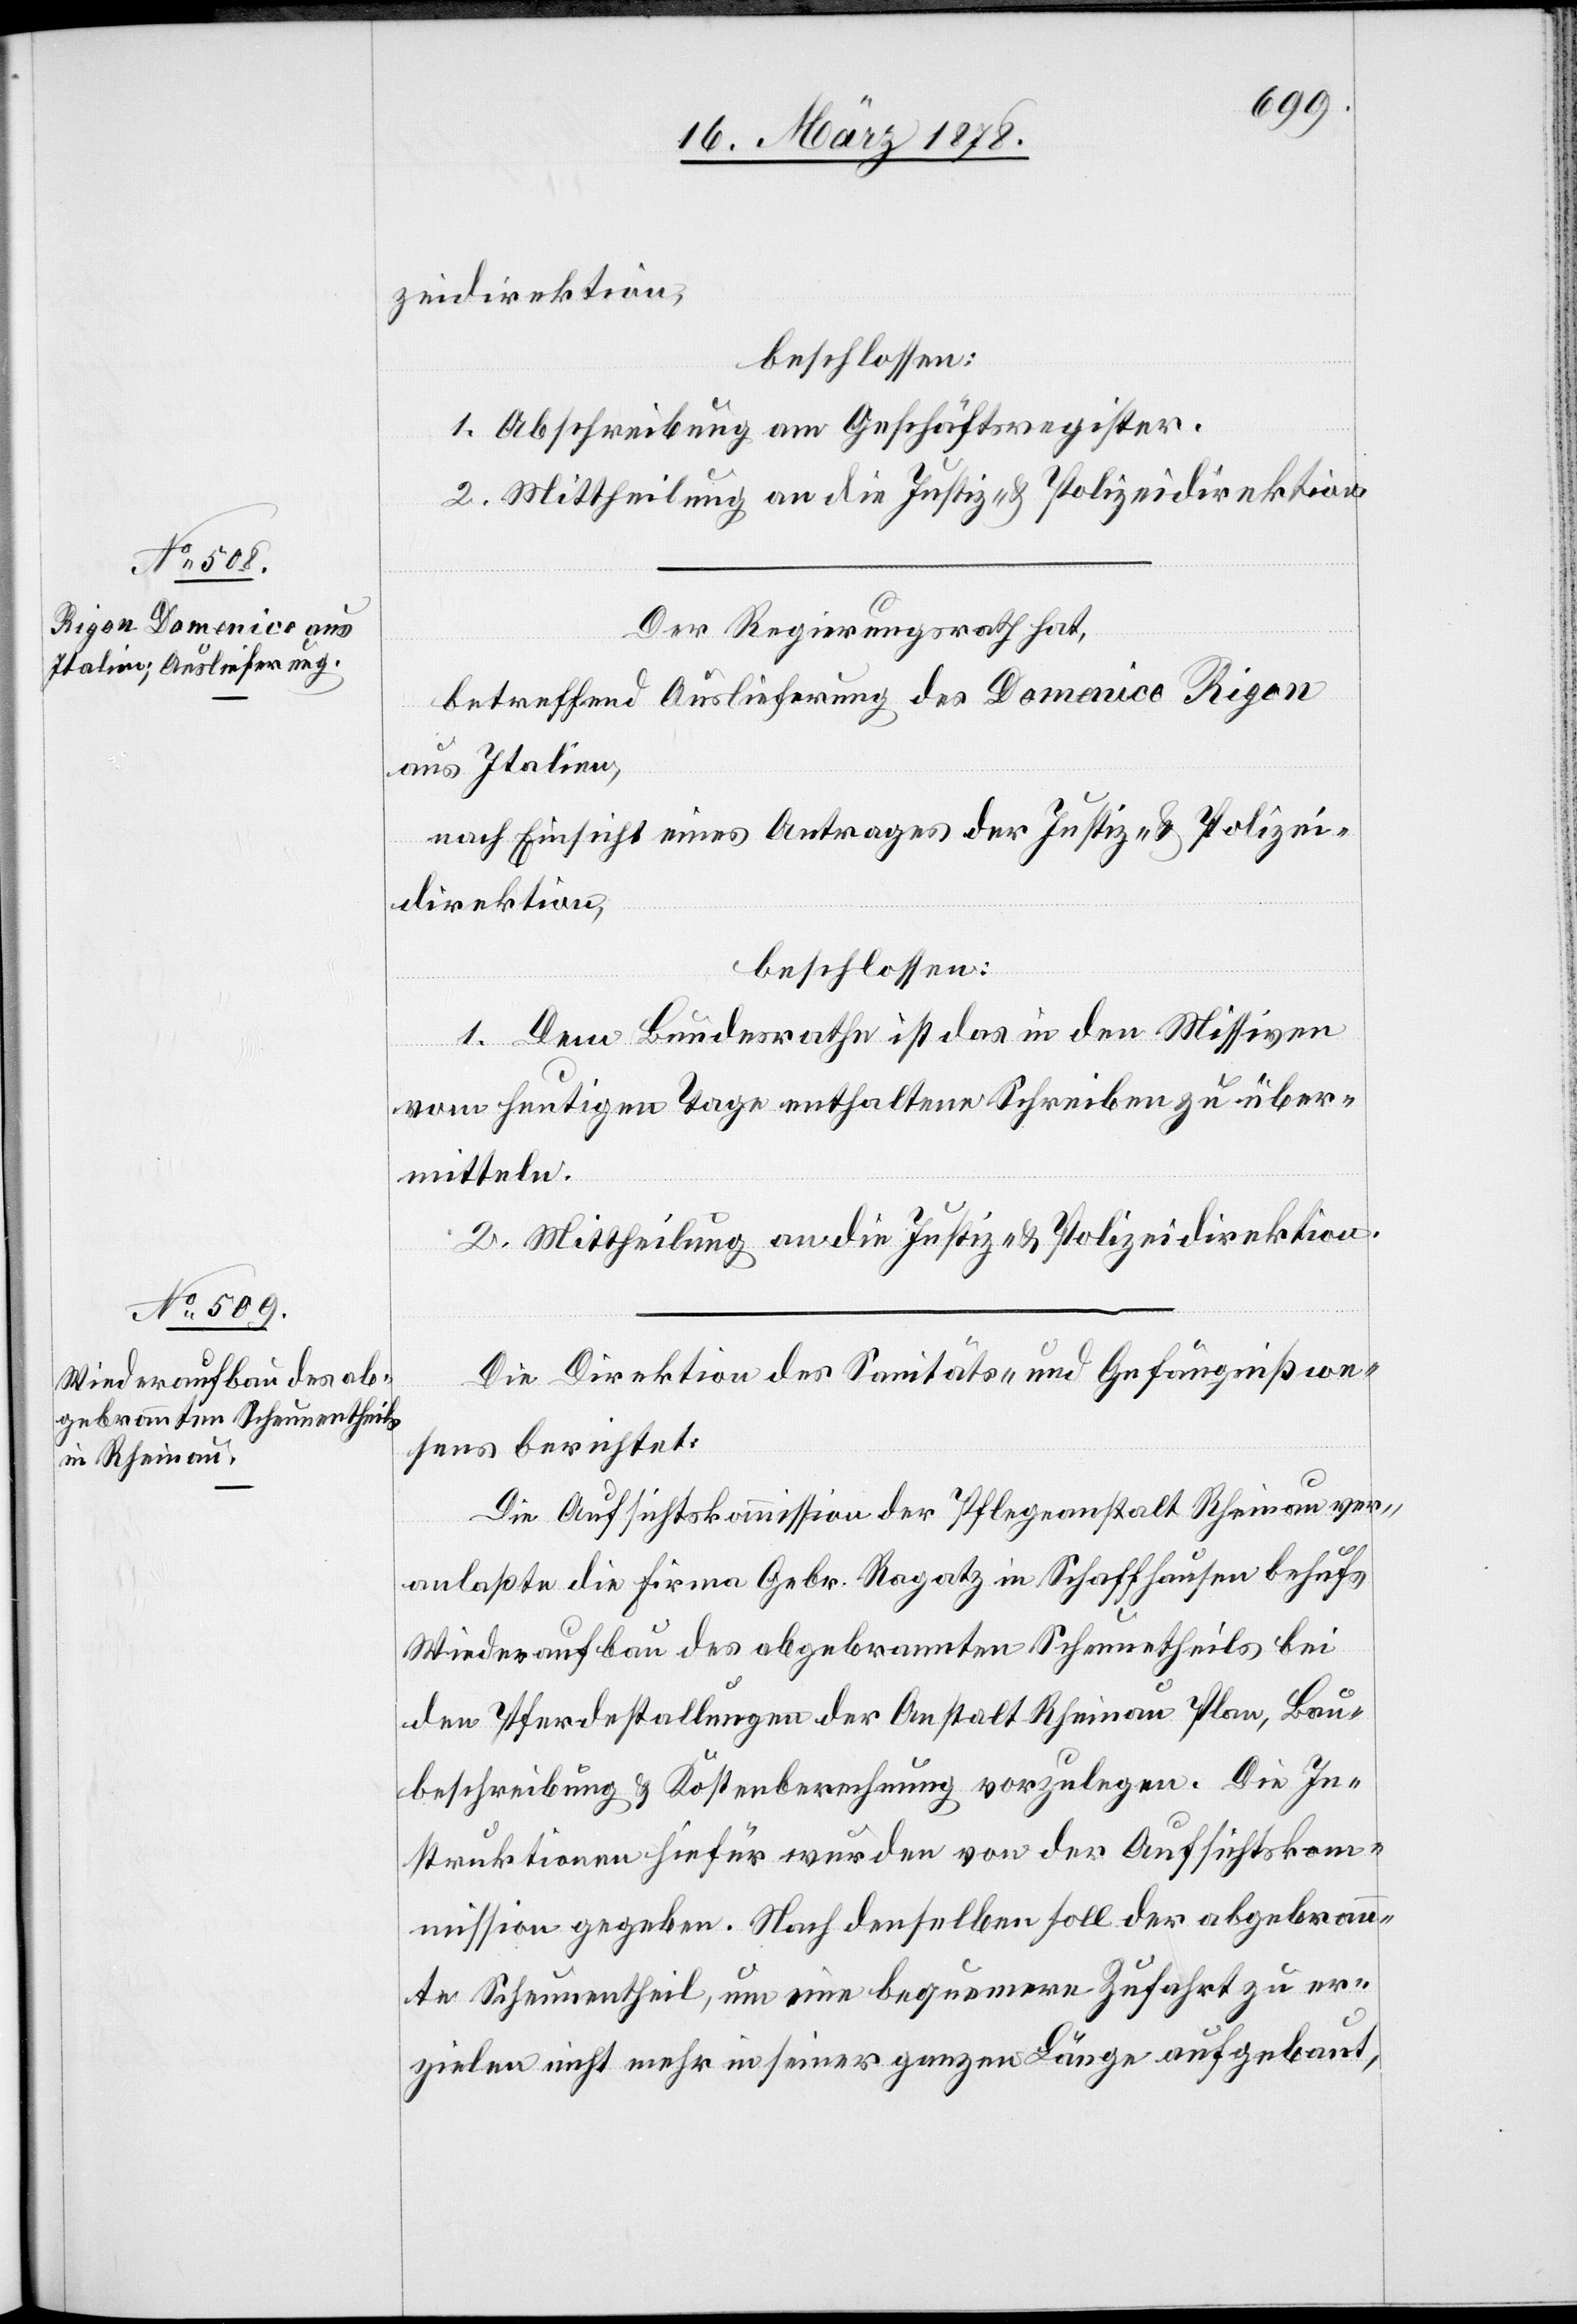
zeidirektion,
beschlossen:
1. Abschreibung am Geschäftsregister.
2. Mittheilung an die Justiz- & Polizeidirektion.
Der Regierungsrath hat,
betreffend Auslieferung des Domenico Rigon
aus Italien,
nach Einsicht eines Antrages der Justiz- & Polizei¬
direktion,
beschlossen:
1. Dem Bundesrathe ist das in den Missiven
vom heutigen Tage enthaltene Schreiben zu über¬
mitteln.
2. Mittheilung an die Justiz- & Polizeidirektion.
Die Direktion des Sanitäts- & Gefängnißwe¬
sens berichtet:
Die Aufsichtskommission der Pflegeanstalt Rheinau ver¬
anlaßte die Firma Gebr. Ragatz in Schaffhausen behufs
Wiederaufbau des abgebrannten Scheunentheils bei
den Pferdestallungen der Anstalt Rheinau Plan, Bau¬
beschreibung & Kostenberechnung vorzulegen. Die In¬
struktionen hiefür wurden von der Aufsichtskom¬
mission gegeben. Nach denselben soll der abgebrann¬
te Scheunentheil, um eine bequemere Zufahrt zu er¬
zielen nicht mehr in seiner ganzen Länge aufgebaut;